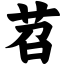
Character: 苕